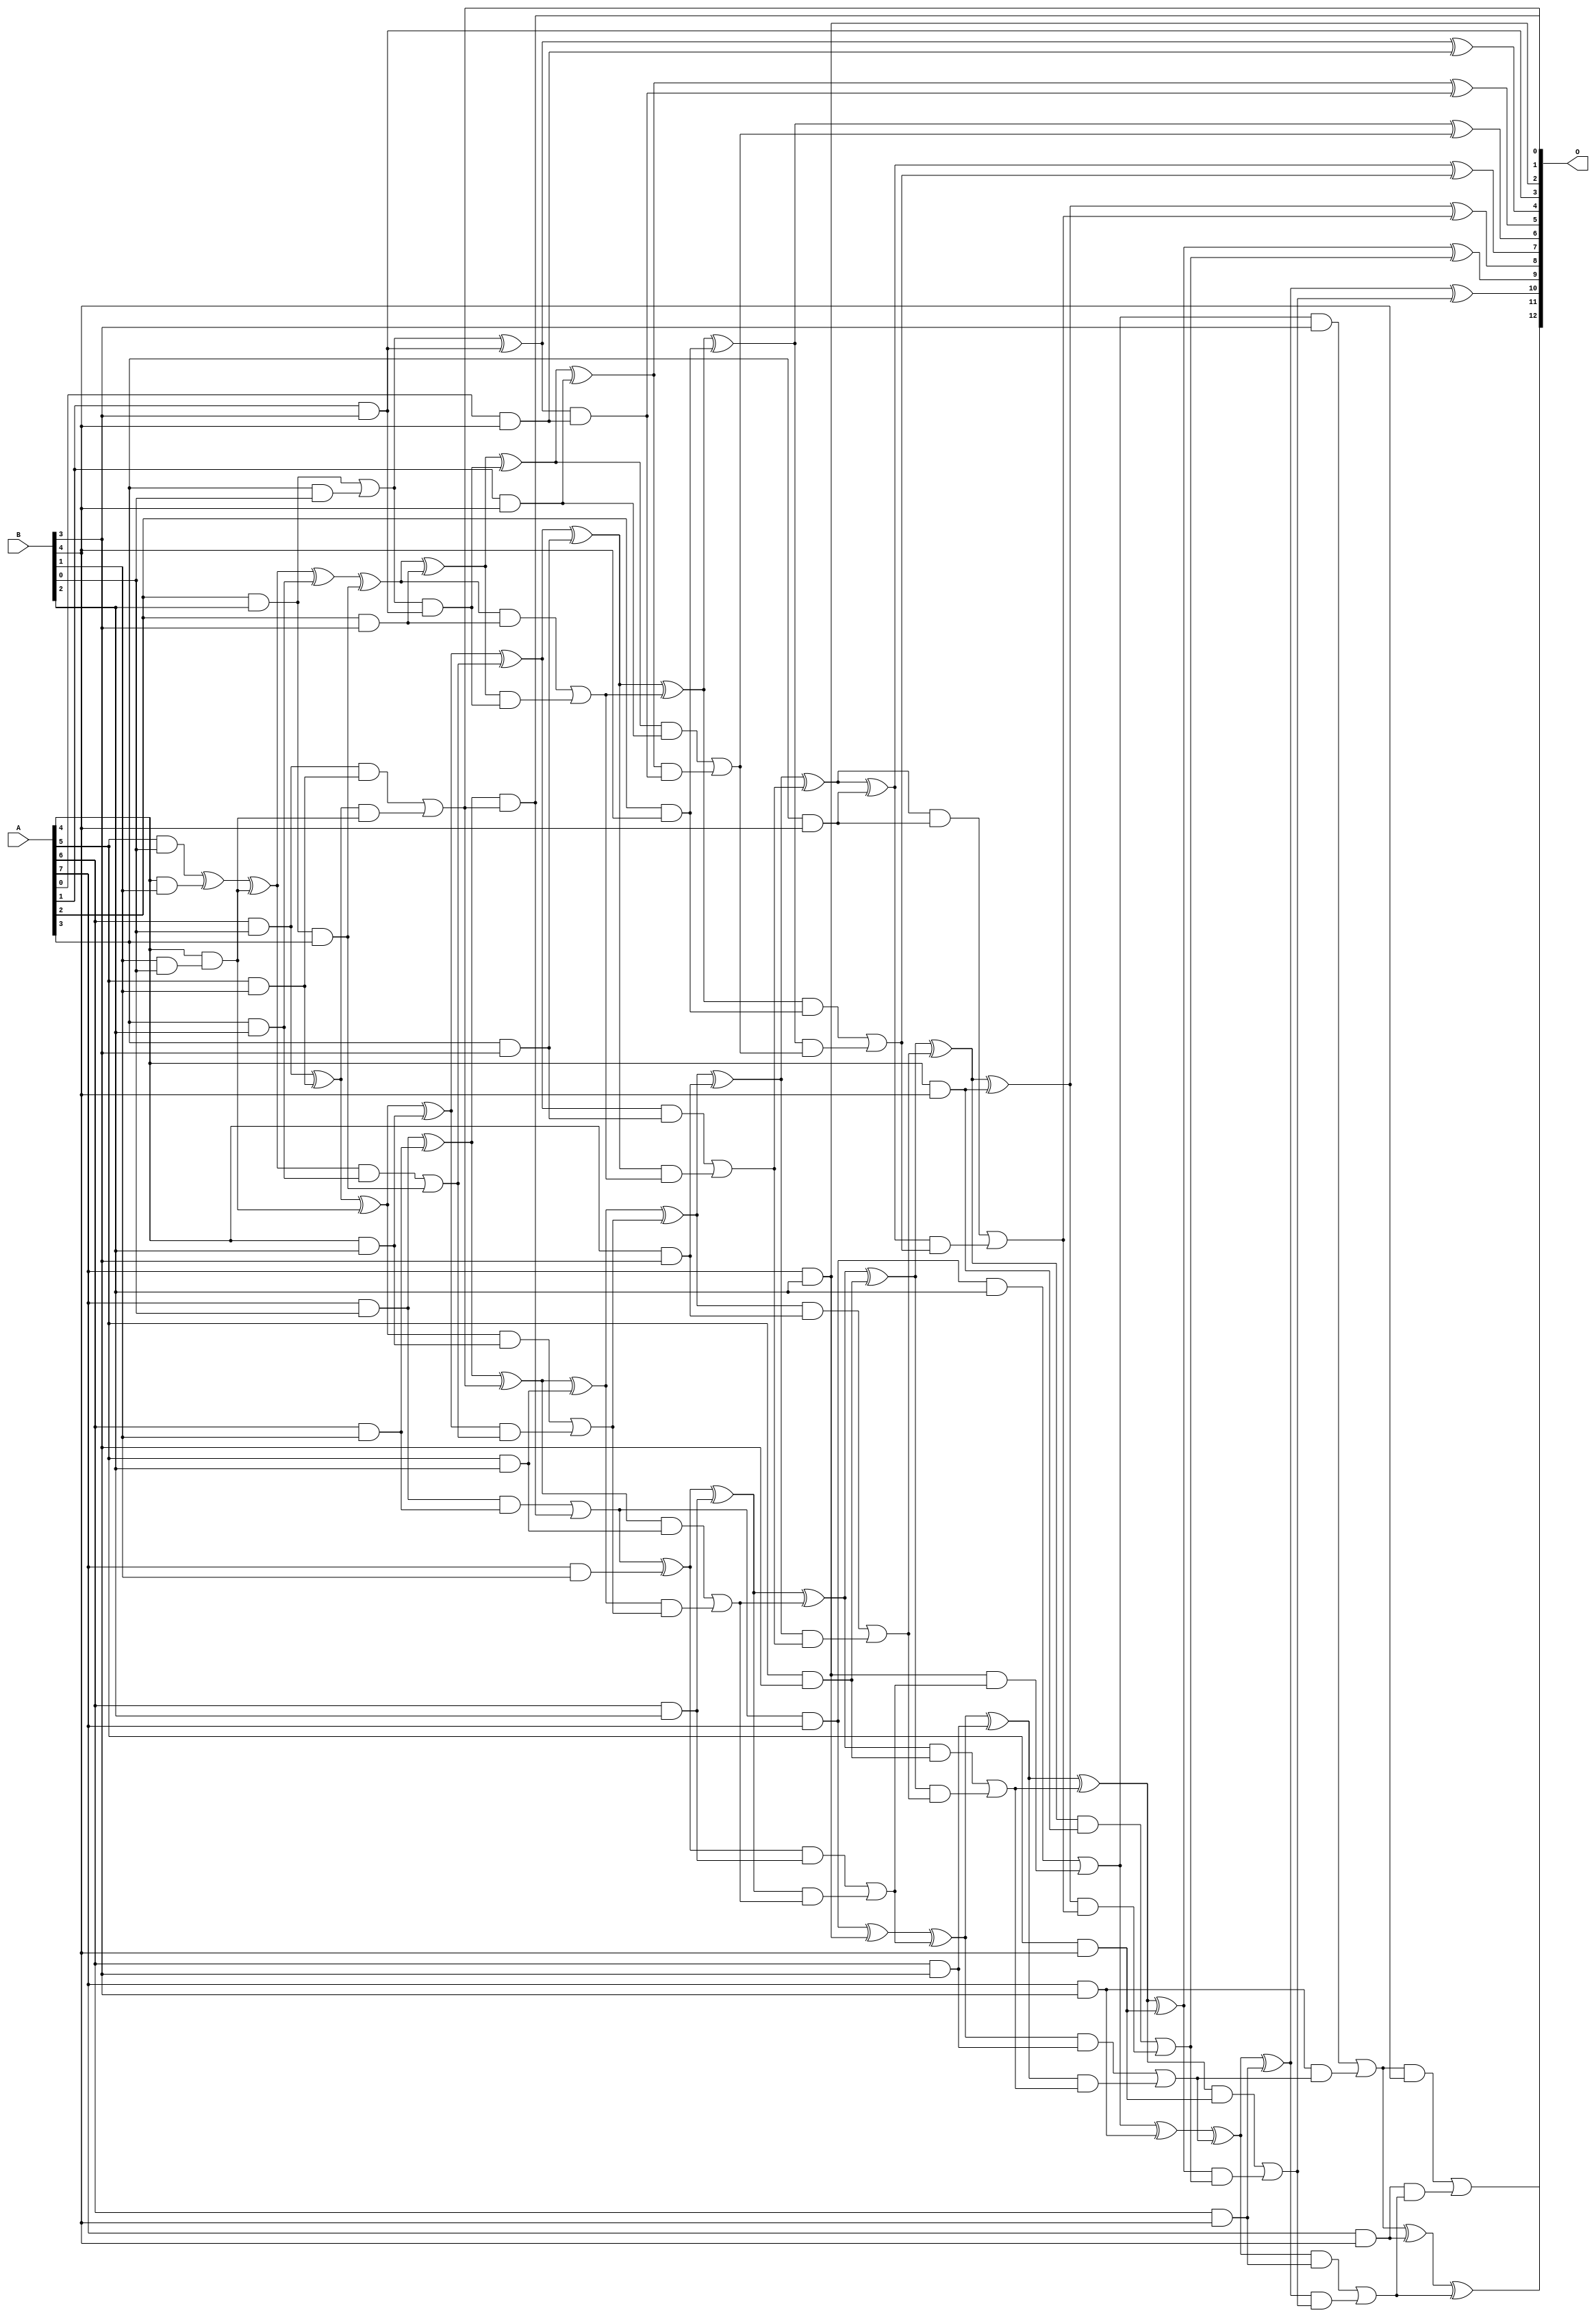
// This program was cloned from: https://github.com/ehw-fit/evoapproxlib
// License: MIT License

/***
* This code is a part of EvoApproxLib library (ehw.fit.vutbr.cz/approxlib) distributed under The MIT License.
* When used, please cite the following article(s): V. Mrazek, L. Sekanina, Z. Vasicek "Libraries of Approximate Circuits: Automated Design and Application in CNN Accelerators" IEEE Journal on Emerging and Selected Topics in Circuits and Systems, Vol 10, No 4, 2020 
* This file contains a circuit from a sub-set of pareto optimal circuits with respect to the pwr and ep parameters
***/
// MAE% = 0.13 %
// MAE = 11 
// WCE% = 0.44 %
// WCE = 36 
// WCRE% = 100.00 %
// EP% = 84.86 %
// MRE% = 2.99 %
// MSE = 200 
// PDK45_PWR = 0.147 mW
// PDK45_AREA = 324.8 um2
// PDK45_DELAY = 1.04 ns

module mul8x5u_3UR (
    A,
    B,
    O
);

input [7:0] A;
input [4:0] B;
output [12:0] O;

wire sig_15,sig_17,sig_18,sig_19,sig_20,sig_22,sig_24,sig_25,sig_26,sig_27,sig_28,sig_44,sig_46,sig_47,sig_49,sig_51,sig_52,sig_53,sig_54,sig_55;
wire sig_56,sig_57,sig_58,sig_59,sig_60,sig_61,sig_62,sig_66,sig_67,sig_68,sig_69,sig_70,sig_80,sig_83,sig_84,sig_86,sig_87,sig_88,sig_89,sig_90;
wire sig_91,sig_92,sig_93,sig_94,sig_95,sig_96,sig_97,sig_98,sig_99,sig_100,sig_101,sig_102,sig_103,sig_104,sig_105,sig_106,sig_107,sig_109,sig_110,sig_111;
wire sig_112,sig_113,sig_114,sig_115,sig_118,sig_119,sig_123,sig_124,sig_125,sig_126,sig_127,sig_128,sig_129,sig_130,sig_131,sig_132,sig_133,sig_134,sig_135,sig_136;
wire sig_137,sig_138,sig_139,sig_140,sig_141,sig_142,sig_143,sig_144,sig_145,sig_146,sig_147,sig_148,sig_149,sig_150,sig_151,sig_152,sig_153,sig_154,sig_155,sig_156;
wire sig_157,sig_158,sig_159,sig_160,sig_161,sig_162,sig_163,sig_164,sig_165,sig_166,sig_167,sig_168,sig_169,sig_170,sig_171,sig_172,sig_173,sig_174,sig_175,sig_176;
wire sig_177,sig_178,sig_179,sig_180,sig_181,sig_182,sig_183,sig_184,sig_185,sig_186,sig_187,sig_188,sig_189,sig_190,sig_191,sig_192,sig_193,sig_194,sig_195,sig_196;
wire sig_197;

assign sig_15 = B[1] & B[0];
assign sig_17 = A[4] & sig_15;
assign sig_18 = A[5] & B[0];
assign sig_19 = A[6] & B[0];
assign sig_20 = A[7] & B[0];
assign sig_22 = A[3] & B[0];
assign sig_24 = A[2] & B[2];
assign sig_25 = A[4] & B[1];
assign sig_26 = A[5] & B[1];
assign sig_27 = A[6] & B[1];
assign sig_28 = A[7] & B[1];
assign sig_44 = sig_24 | sig_22;
assign sig_46 = sig_18 ^ sig_25;
assign sig_47 = A[4] & sig_15;
assign sig_49 = sig_46 ^ sig_17;
assign sig_51 = sig_19 ^ sig_26;
assign sig_52 = sig_19 & sig_26;
assign sig_53 = sig_51 & sig_47;
assign sig_54 = sig_51 ^ sig_47;
assign sig_55 = sig_52 | sig_53;
assign sig_56 = sig_20 ^ sig_27;
assign sig_57 = sig_20 & sig_27;
assign sig_58 = sig_56 & sig_55;
assign sig_59 = sig_56 ^ sig_55;
assign sig_60 = sig_57 | sig_58;
assign sig_61 = sig_60 & A[7];
assign sig_62 = sig_60 ^ sig_28;
assign sig_66 = A[3] & B[2];
assign sig_67 = A[4] & B[2];
assign sig_68 = A[5] & B[2];
assign sig_69 = A[6] & B[2];
assign sig_70 = A[7] & B[2];
assign sig_80 = sig_24 & A[3];
assign sig_83 = sig_49 ^ sig_66;
assign sig_84 = sig_49 & sig_66;
assign sig_86 = sig_83 ^ sig_80;
assign sig_87 = sig_84 | sig_80;
assign sig_88 = sig_54 ^ sig_67;
assign sig_89 = sig_54 & sig_67;
assign sig_90 = sig_88 & sig_87;
assign sig_91 = sig_88 ^ sig_87;
assign sig_92 = sig_89 | sig_90;
assign sig_93 = sig_59 ^ sig_68;
assign sig_94 = sig_59 & sig_68;
assign sig_95 = sig_93 & sig_92;
assign sig_96 = sig_93 ^ sig_92;
assign sig_97 = sig_94 | sig_95;
assign sig_98 = sig_62 ^ sig_69;
assign sig_99 = sig_62 & sig_69;
assign sig_100 = sig_98 & sig_97;
assign sig_101 = sig_98 ^ sig_97;
assign sig_102 = sig_99 | sig_100;
assign sig_103 = sig_61 ^ sig_70;
assign sig_104 = sig_61 & B[2];
assign sig_105 = sig_70 & sig_102;
assign sig_106 = sig_103 ^ sig_102;
assign sig_107 = sig_104 | sig_105;
assign sig_109 = A[1] & B[3];
assign sig_110 = A[2] & B[3];
assign sig_111 = A[3] & B[3];
assign sig_112 = A[4] & B[3];
assign sig_113 = A[5] & B[3];
assign sig_114 = A[6] & B[3];
assign sig_115 = A[7] & B[3];
assign sig_118 = sig_44 ^ sig_109;
assign sig_119 = sig_44 & sig_109;
assign sig_123 = sig_86 ^ sig_110;
assign sig_124 = sig_86 & sig_110;
assign sig_125 = sig_123 & sig_119;
assign sig_126 = sig_123 ^ sig_119;
assign sig_127 = sig_124 | sig_125;
assign sig_128 = sig_91 ^ sig_111;
assign sig_129 = sig_91 & sig_111;
assign sig_130 = sig_128 & sig_127;
assign sig_131 = sig_128 ^ sig_127;
assign sig_132 = sig_129 | sig_130;
assign sig_133 = sig_96 ^ sig_112;
assign sig_134 = sig_96 & sig_112;
assign sig_135 = sig_133 & sig_132;
assign sig_136 = sig_133 ^ sig_132;
assign sig_137 = sig_134 | sig_135;
assign sig_138 = sig_101 ^ sig_113;
assign sig_139 = sig_101 & sig_113;
assign sig_140 = sig_138 & sig_137;
assign sig_141 = sig_138 ^ sig_137;
assign sig_142 = sig_139 | sig_140;
assign sig_143 = sig_106 ^ sig_114;
assign sig_144 = sig_106 & sig_114;
assign sig_145 = sig_143 & sig_142;
assign sig_146 = sig_143 ^ sig_142;
assign sig_147 = sig_144 | sig_145;
assign sig_148 = sig_107 ^ sig_115;
assign sig_149 = sig_107 & B[3];
assign sig_150 = sig_115 & sig_147;
assign sig_151 = sig_148 ^ sig_147;
assign sig_152 = sig_149 | sig_150;
assign sig_153 = A[0] & B[4];
assign sig_154 = A[1] & B[4];
assign sig_155 = A[2] & B[4];
assign sig_156 = A[3] & B[4];
assign sig_157 = A[4] & B[4];
assign sig_158 = A[5] & B[4];
assign sig_159 = A[6] & B[4];
assign sig_160 = A[7] & B[4];
assign sig_161 = sig_118 & sig_153;
assign sig_162 = sig_118 ^ sig_153;
assign sig_163 = sig_126 ^ sig_154;
assign sig_164 = sig_126 & sig_154;
assign sig_165 = sig_163 & sig_161;
assign sig_166 = sig_163 ^ sig_161;
assign sig_167 = sig_164 | sig_165;
assign sig_168 = sig_131 ^ sig_155;
assign sig_169 = sig_131 & sig_155;
assign sig_170 = sig_168 & sig_167;
assign sig_171 = sig_168 ^ sig_167;
assign sig_172 = sig_169 | sig_170;
assign sig_173 = sig_136 ^ sig_156;
assign sig_174 = sig_136 & sig_156;
assign sig_175 = sig_173 & sig_172;
assign sig_176 = sig_173 ^ sig_172;
assign sig_177 = sig_174 | sig_175;
assign sig_178 = sig_141 ^ sig_157;
assign sig_179 = sig_141 & sig_157;
assign sig_180 = sig_178 & sig_177;
assign sig_181 = sig_178 ^ sig_177;
assign sig_182 = sig_179 | sig_180;
assign sig_183 = sig_146 ^ sig_158;
assign sig_184 = sig_146 & sig_158;
assign sig_185 = sig_183 & sig_182;
assign sig_186 = sig_183 ^ sig_182;
assign sig_187 = sig_184 | sig_185;
assign sig_188 = sig_151 ^ sig_159;
assign sig_189 = sig_151 & sig_159;
assign sig_190 = sig_188 & sig_187;
assign sig_191 = sig_188 ^ sig_187;
assign sig_192 = sig_189 | sig_190;
assign sig_193 = sig_152 ^ sig_160;
assign sig_194 = sig_152 & B[4];
assign sig_195 = sig_160 & sig_192;
assign sig_196 = sig_193 ^ sig_192;
assign sig_197 = sig_194 | sig_195;

assign O[12] = sig_197;
assign O[11] = sig_196;
assign O[10] = sig_191;
assign O[9] = sig_186;
assign O[8] = sig_181;
assign O[7] = sig_176;
assign O[6] = sig_171;
assign O[5] = sig_166;
assign O[4] = sig_162;
assign O[3] = sig_109;
assign O[2] = sig_70;
assign O[1] = sig_55;
assign O[0] = sig_58;

endmodule